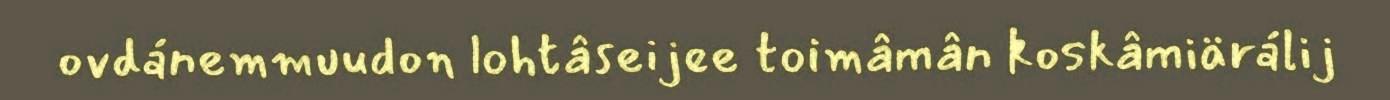
ovdánemmuudon lohtâseijee toimâmân koskâmiärálij